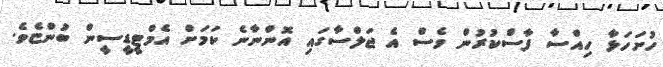
ހުށަހަޅާ ހިއްސާ ފާސްކުރުން ވެސް އެ ޖަލްސާގައި އޮންނާނެ ކަމަށް އެމްޓީޑީސީން ބުންޏެވެ.